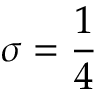
\sigma = \frac { 1 } { 4 }